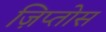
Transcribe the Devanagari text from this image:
ज़िप्तोस